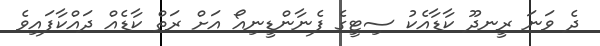
ދެ ވަނަ ރީނދޫ ކާޑާއެކު ސިޓީގެ ފެނާންޑީނިއޯ އަށް ރަތް ކާޑެއް ދައްކާފައިވެ